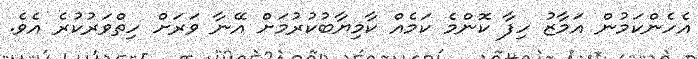
އެހެންކަމުން އަމާޒު ހިފާ ކޮންމެ ކަމެއް ކާމިޔާބުކުރުމަށް އޭނާ ވަރަށް ހިތްވަރުކުރެ އެެވެ.